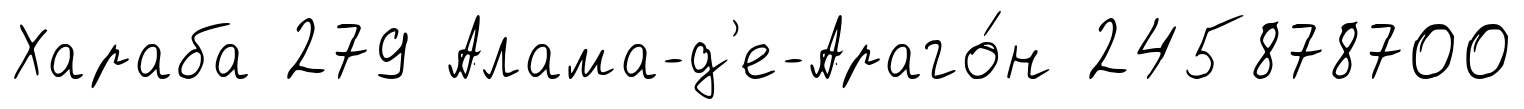
Хараба 279 Алама-д'е-Араго́н 245878700